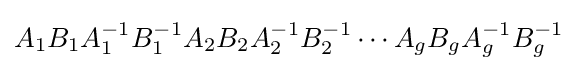
A_{1}B_{1}A_{1}^{-1}B_{1}^{-1}A_{2}B_{2}A_{2}^{-1}B_{2}^{-1}\cdots A_{g}B_{g}A_{g}^{-1}B_{g}^{-1}